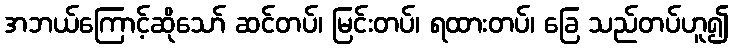
အဘယ်ကြောင့်ဆိုသော် ဆင်တပ်၊ မြင်းတပ်၊ ရထားတပ်၊ ခြေ သည်တပ်ဟူ၍